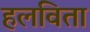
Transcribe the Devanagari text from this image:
हलविता